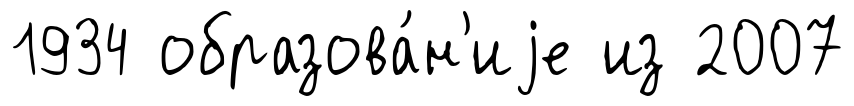
1934 образова́н'иjе из 2007